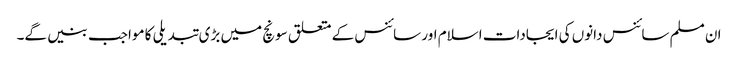
ان مسلم سائنس دانوں کی ایجادات اسلام اور سائنس کے متعلق سونچ میں بڑی تبدیلی کا مواجب بنیں گے۔